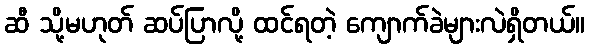
ဆီ သို့မဟုတ် ဆပ်ပြာလို့ ထင်ရတဲ့ ကျောက်ခဲများလဲရှိတယ်။